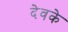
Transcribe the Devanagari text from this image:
देवके